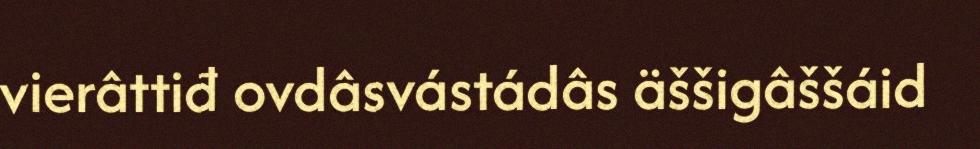
vierâttiđ ovdâsvástádâs äššigâššáid